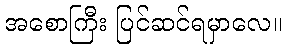
အစောကြီး ပြင်ဆင်ရမှာလေ။